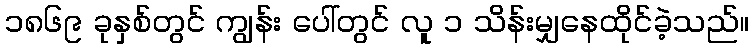
၁၈၆၉ ခုနှစ်တွင် ကျွန်း ပေါ်တွင် လူ ၁ သိန်းမျှနေထိုင်ခဲ့သည်။